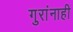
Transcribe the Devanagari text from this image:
गुरांनाही